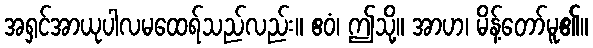
အရှင်အာယုပါလမထေရ်သည်လည်း။ ဧဝံ၊ ဤသို့။ အာဟ၊ မိန့်တော်မူ၏။